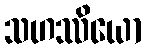
သဟဿိယော